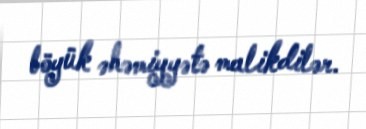
böyük əhəmiyyətə malikdilər.